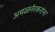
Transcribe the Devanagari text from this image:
अमळनेरकरांना